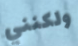
ولكنني